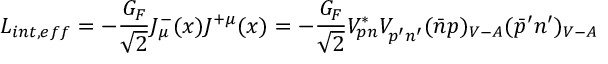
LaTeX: { \cal L } _ { i n t , e f f } = - { \frac { G _ { F } } { \sqrt { 2 } } } J _ { \mu } ^ { - } ( x ) J ^ { + \mu } ( x ) = - { \frac { G _ { F } } { \sqrt { 2 } } } V _ { p n } ^ { * } V _ { p ^ { \prime } n ^ { \prime } } ^ { } ( \bar { n } p ) _ { V - A } ( \bar { p } ^ { \prime } n ^ { \prime } ) _ { V - A }